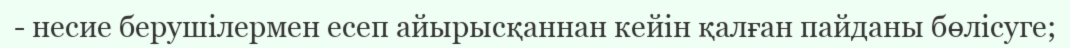
- несие берушілермен есеп айырысқаннан кейін қалған пайданы бөлісуге;